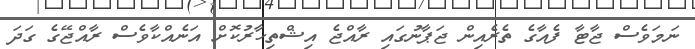
ނަމަވެސް ޖާޓާ ފެއާގެ ތެރެއިން ޖަޕާނުގައި ރާއްޖެ އިޝްތިހާރުކޮށް އަނެއްކާވެސް ރާއްޖޭގެ ގަދަ